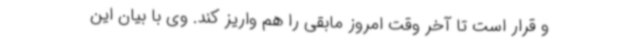
و قرار است تا آخر وقت امروز مابقی را هم واریز کند. وی با بیان این